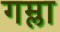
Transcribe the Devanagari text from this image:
गम्ला